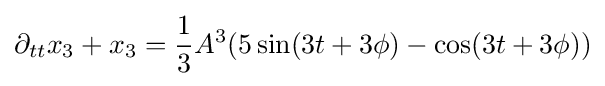
\partial _{tt}x_{3}+x_{3}={\frac {1}{3}}A^{3}(5\sin(3t+3\phi )-\cos(3t+3\phi ))